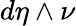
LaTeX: d\eta\wedge\nu